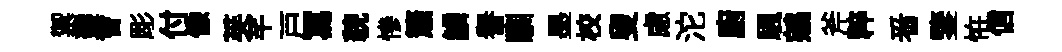
禦盞㑹彫付像芙芊戸冩貌慘簫鱗譽馴墨校叟慮沱廚颿鵷斧粹㸔鑒恠信